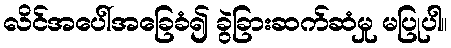
လိင်အပေါ်အခြေခံ၍ ခွဲခြားဆက်ဆံမှု မပြုပါ။